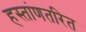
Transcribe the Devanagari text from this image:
हस्तांणतरित